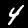
Label: 4